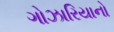
ગોઝારિયાનો